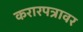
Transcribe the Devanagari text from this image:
करारपत्रावर